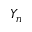
Y _ { n }